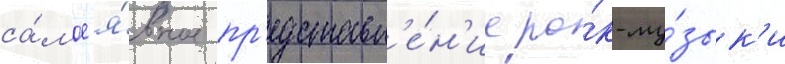
са́мое я́вное пр'едставл'е́н'ие ро́к-му́зык'и